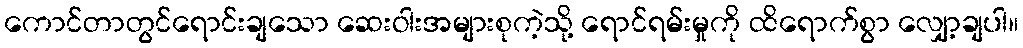
ကောင်တာတွင်ရောင်းချသော ဆေးဝါးအများစုကဲ့သို့ ရောင်ရမ်းမှုကို ထိရောက်စွာ လျှော့ချပါ။